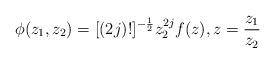
LaTeX: \begin{align*}\phi(z_{1},z_{2})=[(2j)!]^{-\frac{1}{2}}z_{2}^{2j}f(z), \vspace{.5 in}z=\frac{z_{1}}{z_{2}}\end{align*}